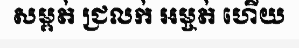
សម្ពត់ ជ្រលក់ អម្ចត់ ហើយ